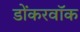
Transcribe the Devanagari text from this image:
डोंकरवॉक